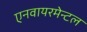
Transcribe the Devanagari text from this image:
एनवायरमेन्टल